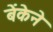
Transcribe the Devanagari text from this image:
बेंकेने